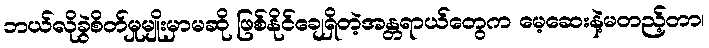
ဘယ်လိုခွဲစိတ်မှုမျိုးမှာမဆို ဖြစ်နိုင်ချေရှိတဲ့အန္တရာယ်တွေက မေ့ဆေးနဲ့မတည့်တာ၊